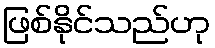
ဖြစ်နိုင်သည်ဟု